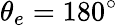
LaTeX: \theta_{e}=180^{\circ}